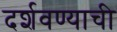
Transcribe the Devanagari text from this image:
दर्शवण्याची